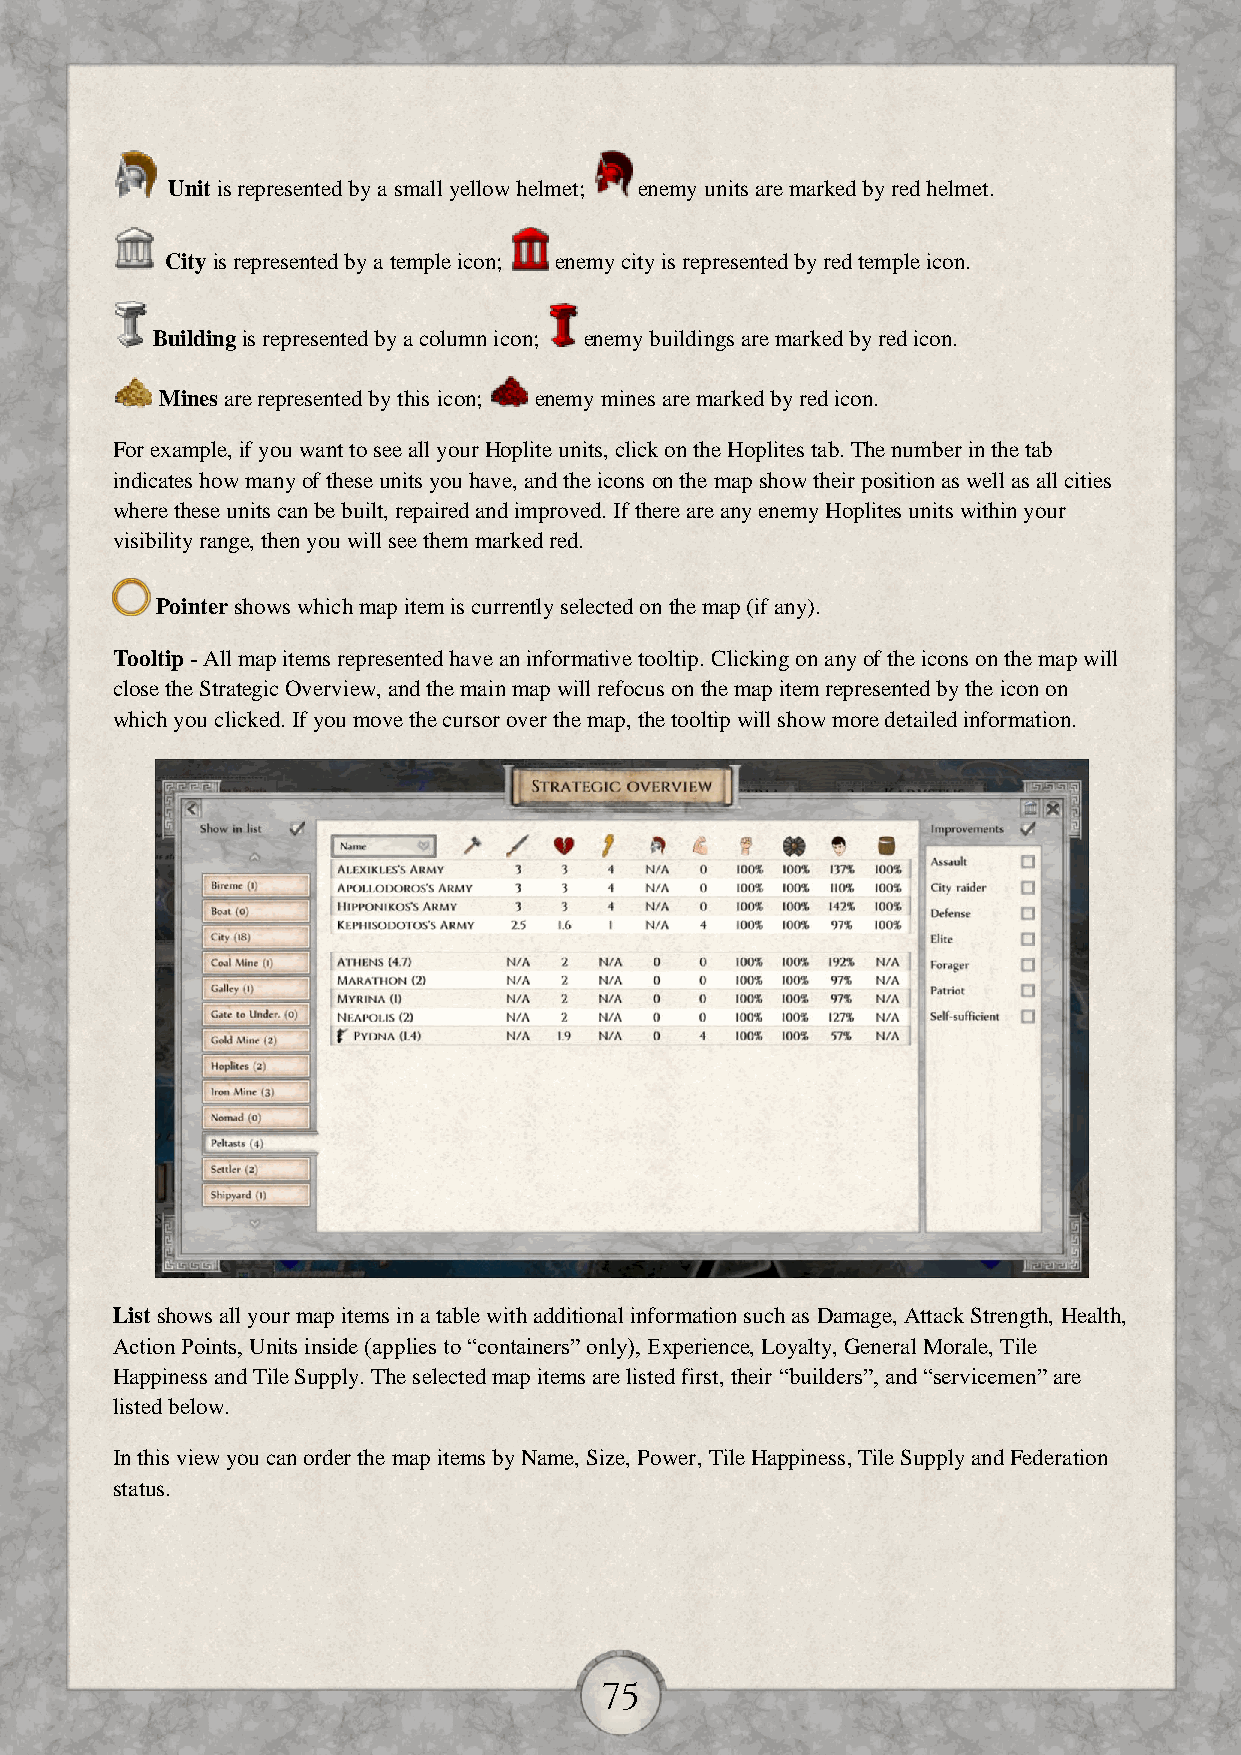
Unit is represented by a small yellow helmet; enemy units are marked by red helmet.
 City is represented by a temple icon; enemy city is represented by red temple icon.
 Building is represented by a column icon; enemy buildings are marked by red icon.
 Mines are represented by this icon; enemy mines are marked by red icon.
 For example, if you want to see all your Hoplite units, click on the Hoplites tab. The number in the tab
 indicates how many of these units you have, and the icons on the map show their position as well as all cities
 where these units can be built, repaired and improved. If there are any enemy Hoplites units within your
 visibility range, then you will see them marked red.
 Pointer shows which map item is currently selected on the map (if any).
 Tooltip - All map items represented have an informative tooltip. Clicking on any of the icons on the map will
 close the Strategic Overview, and the main map will refocus on the map item represented by the icon on
 which you clicked. If you move the cursor over the map, the tooltip will show more detailed information.
 List shows all your map items in a table with additional information such as Damage, Attack Strength, Health,
 Action Points, Units inside (applies to “containers” only), Experience, Loyalty, General Morale, Tile
 Happiness and Tile Supply. The selected map items are listed first, their “builders”, and “servicemen” are
 listed below.
 In this view you can order the map items by Name, Size, Power, Tile Happiness, Tile Supply and Federation
 status.
 75